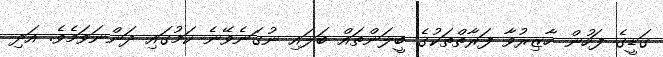
ގަޑީގެ ފަހުން ހާޒިރުވާ ފަރާތްތަކުގެ ބީލަންތައް ބަލައި ނުގަނެވޭނެ ކަމުގައި ދަންނަވަމެވެ. އަދި